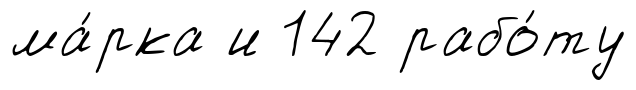
ма́рка и 142 рабо́ту